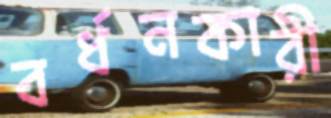
বর্ধনকারী